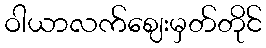
ဝါယာလက်ဈေးမှတ်တိုင်